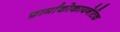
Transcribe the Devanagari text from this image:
फ़ार्माकोकायनेटिक